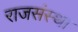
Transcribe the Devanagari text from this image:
राजसंस्था